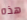
هذه